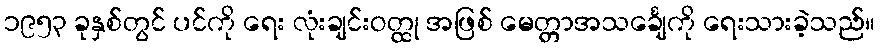
၁၉၅၃ ခုနှစ်တွင် ပင်ကို ရေး လုံးချင်းဝတ္ထု အဖြစ် မေတ္တာအသင်္ချေကို ရေးသားခဲ့သည်။